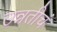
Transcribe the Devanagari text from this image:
उन्नतीचं